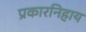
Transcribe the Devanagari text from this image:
प्रकारनिहाय